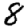
Digit: 8